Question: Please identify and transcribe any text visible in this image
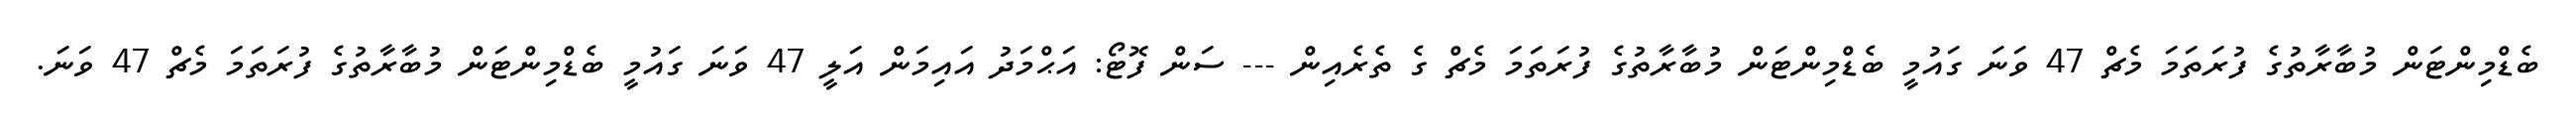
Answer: ބެޑްމިންޓަން މުބާރާތުގެ ފުރަތަމަ މެޗް 47 ވަނަ ގައުމީ ބެޑްމިންޓަން މުބާރާތުގެ ފުރަތަމަ މެޗް ގެ ތެރެއިން --- ސަން ފޮޓޯ: އަޙްމަދު އައިމަން އަލީ 47 ވަނަ ގައުމީ ބެޑްމިންޓަން މުބާރާތުގެ ފުރަތަމަ މެޗް 47 ވަނަ.